Note on the mental hospitals in Burma - 1925-1940
Year: 1925
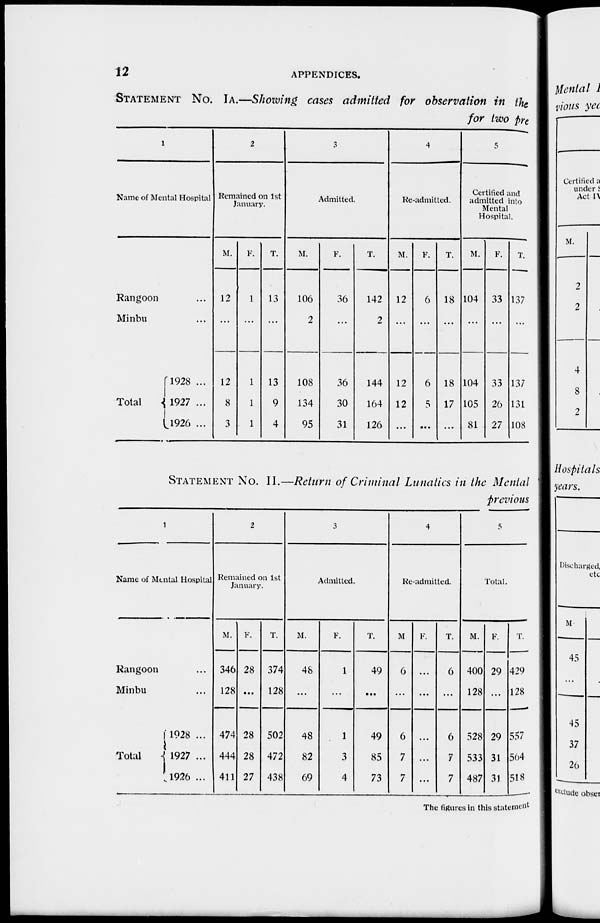
12
APPENDICES.
STATEMENT NO. IA.—Showing cases admitted for observation in the
for two pre
1
Name of Mental Hospital
Rangoon ...
Minbu ...
Total
1928 ...
1927 ...
1926 ...
2
Remained on 1st
January.
M.
12
...
12
8
3
F.
1
...
1
1
1
T.
13
...
13
9
4
3
Admitted.
M.
106
2
108
134
95
F.
36
...
36
30
31
T.
142
2
144
164
126
4
Re-admitted.
M.
12
...
12
12
...
F.
6
...
6
5
...
T.
18
...
18
17
...
5
Certified and
admitted into
Mental
Hospital.
M.
104
...
104
105
81
F.
33
...
33
26
27
T.
137
...
137
131
108
STATEMENT NO. II.—Return of Criminal Lunatics in the Mental
previous
1
Name of Mental Hospital
Rangoon ...
Minbu ...
Total
1928 ...
1927 ...
1926 ...
2
Remained on 1st
January.
M.
346
128
474
444
411
F.
28
...
28
28
27
T.
374
128
502
472
438
3
Admitted.
M.
48
...
48
82
69
F.
1
...
1
3
4
T.
49
...
49
85
73
4
Re-admitted.
M
6
...
6
7
7
F.
...
...
...
...
...
T.
6
...
6
7
7
5
Total.
M.
400
128
528
533
487
F.
29
...
29
31
31
T.
429
128
557
564
518
The figures in this statement